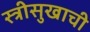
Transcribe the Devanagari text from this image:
स्त्रीसुखाची